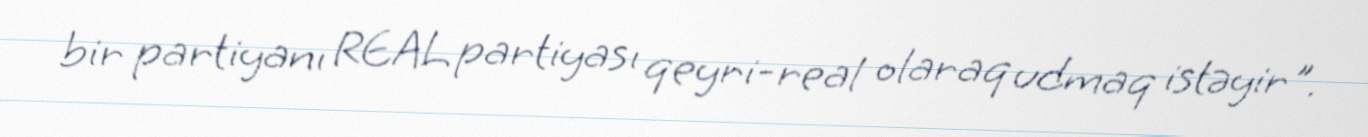
bir partiyanı REAL partiyası qeyri-real olaraq udmaq istəyir".